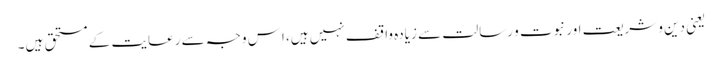
یعنی دین و شریعت اور نبوت و رسالت سے زیادہ واقف نہیں ہیں، اِس وجہ سے رعایت کے مستحق ہیں۔